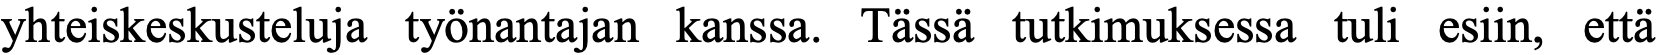
yhteiskeskusteluja työnantajan kanssa. Tässä tutkimuksessa tuli esiin, että